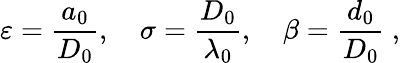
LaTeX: \varepsilon=\frac{a_{0}}{D_{0}},\quad\sigma=\frac{D_{0}}{\lambda_{0}},\quad\beta=\frac{d_{0}}{D_{0}}\ ,